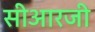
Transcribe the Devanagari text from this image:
सीआरजी